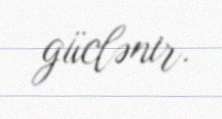
güclənir.